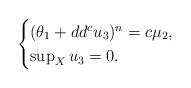
LaTeX: \begin{align*}\begin{cases}(\theta_1+dd^cu_3)^n=c\mu_2,\\\sup_Xu_3=0.\end{cases}\end{align*}